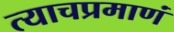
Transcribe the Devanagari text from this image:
त्याचप्रमाणं